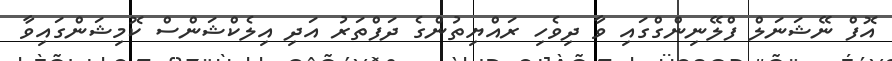
އޮފް ނޭޝަނަލް ފްލޭނިންގްގައި ވާ ދިވެހި ރައްޔިތުންގެ ދަފްތަރު އަދި އިލެކްޝަންސް ކޮމިޝަންގައިވާ